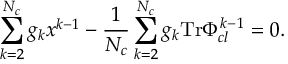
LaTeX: \sum _ { k = 2 } ^ { N _ { c } } g _ { k } x ^ { k - 1 } - \frac { 1 } { N _ { c } } \sum _ { k = 2 } ^ { N _ { c } } g _ { k } \mathrm { T r } \Phi _ { c l } ^ { k - 1 } = 0 .